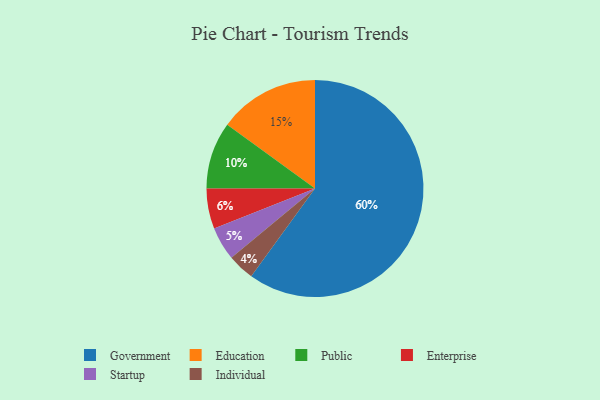
{"axis": {"x": "Category", "y": "Percentage"}, "legend": ["Education", "Enterprise", "Government", "Individual", "Public", "Startup"], "data": [{"x": "Government", "y": 60, "type": "Government"}, {"x": "Startup", "y": 5, "type": "Startup"}, {"x": "Enterprise", "y": 6, "type": "Enterprise"}, {"x": "Public", "y": 10, "type": "Public"}, {"x": "Education", "y": 15, "type": "Education"}, {"x": "Individual", "y": 4, "type": "Individual"}]}